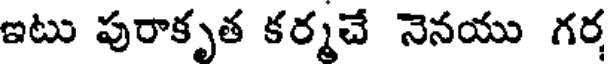
ఇటు పురాకృత కర్మచే నెనయు గర